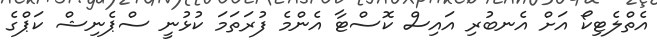
އެތްލެޓިކޯ އަށް އެނބުރި އައިސް ކޮސްޓާ އެންމެ ފުރަތަމަ ކުޅުނީ ސްޕެނިޝް ކަޕްގެ